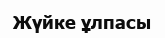
Жүйке ұлпасы